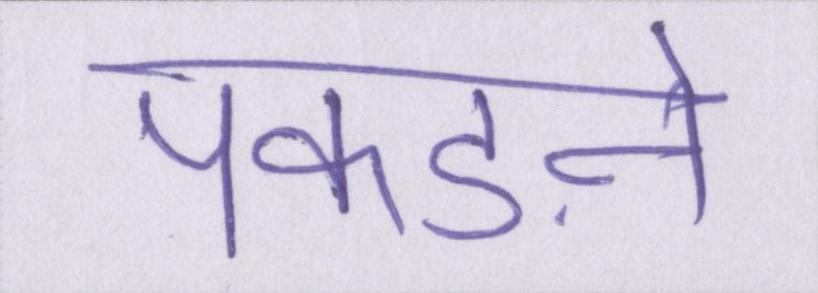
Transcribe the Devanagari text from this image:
पकड़ने